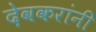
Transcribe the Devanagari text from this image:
देवकरांनी